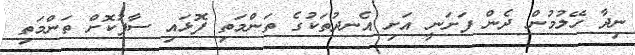
ނިދާ ހޭލުމުން ދެން ފަށަނީ އަށި އެނދުތަކުގެ ތަންމަތި ފޮޅައި ސާފުކޮށް ތަންމަތި